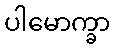
ပါမောက္ခာ